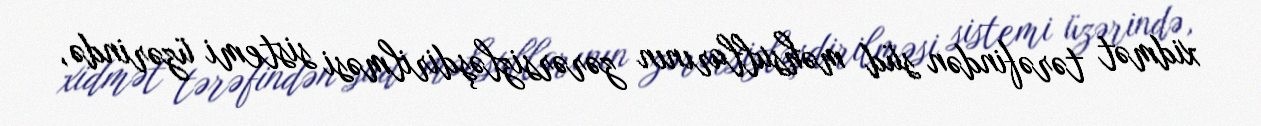
xidmət tərəfindən süd məhsullarının zərərsizləşdirilməsi sistemi üzərində,